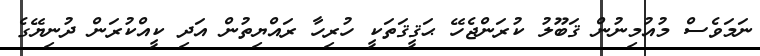
ނަމަވެސް މުއުމިނުން ޤަބޫލު ކުރަންޖެހޭ ޙަޤީޤަތަކީ ހުރިހާ ރައްޔިތުން އަދި ކީއްކުރަން ދުނިޔޭގެ